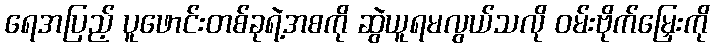
ရေအပြည့် ပူဖောင်းတစ်ခုရဲ့အစကို ဆွဲယူရမလွယ်သလို ဝမ်းဗိုက်မြှေးကို